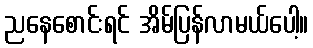
ညနေစောင်းရင် အိမ်ပြန်လာမယ်ပေါ့။